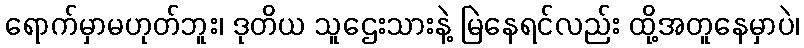
ရောက်မှာမဟုတ်ဘူး၊ ဒုတိယ သူဌေးသားနဲ့ မြဲနေရင်လည်း ထို့အတူနေမှာပဲ၊